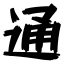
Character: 通